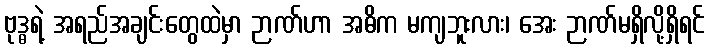
ဗုဒ္ဓရဲ့ အရည်အချင်းတွေထဲမှာ ဉာဏ်ဟာ အဓိက မကျဘူးလား၊ အေး ဉာဏ်မရှိလို့ရှိရင်